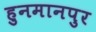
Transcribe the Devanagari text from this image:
हुनमानपुर